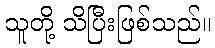
သူတို့ သိပြီးဖြစ်သည်။